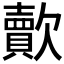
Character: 𣤯